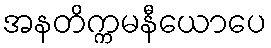
အနတိက္ကမနီယောပေ